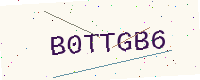
Text: B0TTGB6